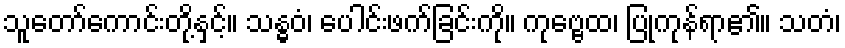
သူတော်ကောင်းတို့နှင့်။ သန္ဓဝံ၊ ပေါင်းဖက်ခြင်းကို။ ကုဗ္ဗေထ၊ ပြုကုန်ရာ၏။ သတံ၊